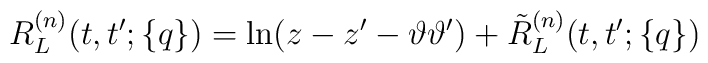
R_L^{(n)}(t,t';\{q\})=\ln(z-z'-\vartheta\vartheta')+\tilde R_L^{(n)}(t,t';\{q\})